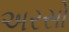
અરસો